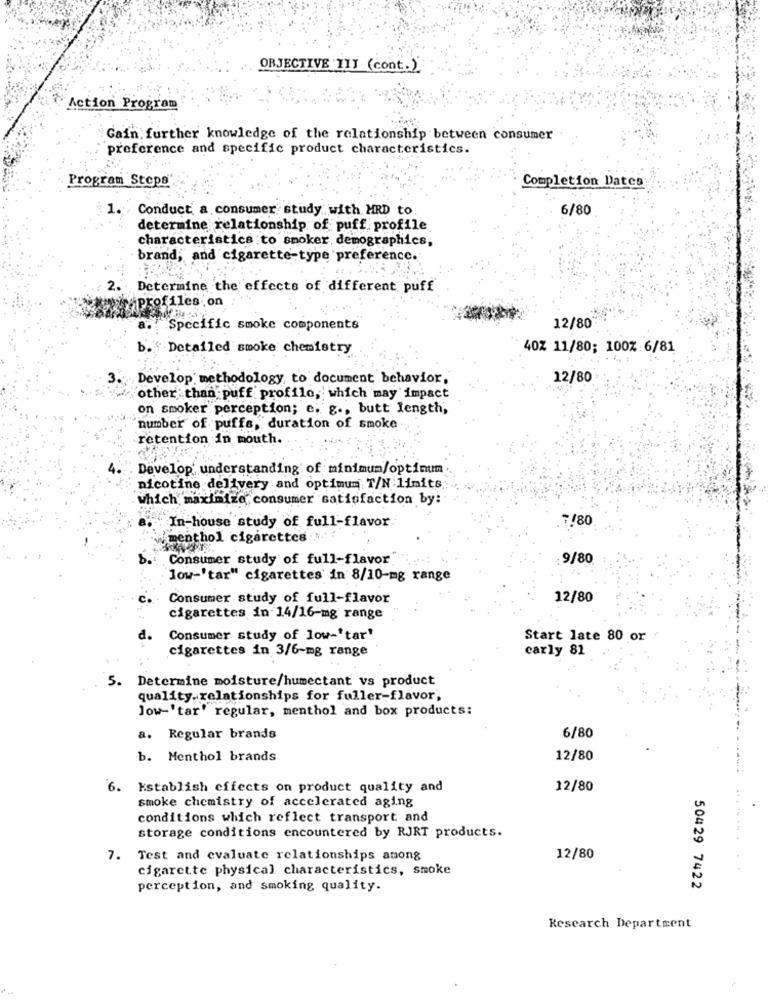
OBJECTIVE III (cont.)
Action Program
Gain, further knowledge of the relationship between consumer
preference and specific product characteristics.
Completion Dates
Program Steps'
1.
Conduct a consumer study with, MRD to
6/80
determine relationship of puff profile
characteristics to smoker, demographics,
brand, and cigarette-type preference.
: 2
:Determine the effects of different puff
profiles.on
Specific smoke components
12/80
."Detailed smoke chemistry
40% 11/80; 100%:6/81
. Develop methodology to document behavior,
12/80
other than puff profile, which may impact
on smoker perception; e. g ., butt length,
number of puffs, duration of smoke
retention in mouth.
Develop' understanding of minimum/optimum
nicotine delivery and optimum T/N limits.
which maximize consumer satisfaction by:
In-house study of full-flavor
7/80
Wmenthol cigarettes ...
Consumer study of full-flavor
9/80
low-'tar" cigarettes in 8/10-mg range
Consumer study of full-flavor
12/80
cigarettes in 14/16-mg range
d.
Consumer study of low-'tar'
Start late 80 or
cigarettes in 3/6-mg range
carly 81
5.
Determine moisture/humectant vs product
quality. relationships for fuller-flavor,
low-'tar' regular, menthol and box products:
a. Regular brands
6/80
b. Menthol brands
12/80
6. Establish effects on product quality and
12/80
smoke chemistry of accelerated aging
conditions which reflect transport and
storage conditions encountered by RJRT products.
7. Test and evaluate relationships among
12/80
cigarette physical characteristics, smoke
perception, and smoking quality.
50429 7422
Research Department